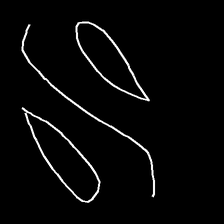
Glyph: water